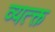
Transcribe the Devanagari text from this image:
व्यत्क्त